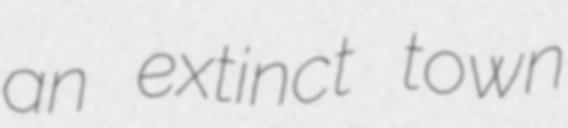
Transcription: an extinct town